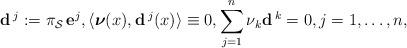
LaTeX: \begin{align*}\mathbf{d}\,^j:=\pi_\mathcal{S}\,\mathbf{e}^j, \langle\boldsymbol{\nu}(x),\mathbf{d}\,^j(x)\rangle\equiv0, \sum_{j=1}^n\nu_k\mathbf{d}\,^k=0, j=1,\ldots,n, \end{align*}